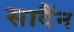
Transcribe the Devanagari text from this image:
सादैंन